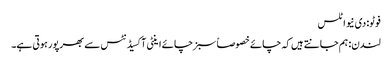
فوٹو: دی نیو اٹلس
لندن: ہم جانتے ہیں کہ چائے خصوصاً سبز چائے اینٹی آکسیڈنٹس سے بھرپور ہوتی ہے۔